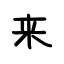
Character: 来